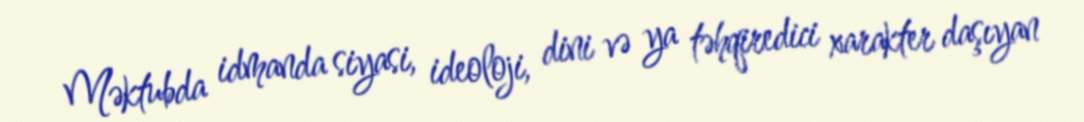
Məktubda idmanda siyasi, ideoloji, dini və ya təhqiredici xarakter daşıyan